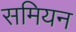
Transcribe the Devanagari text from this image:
समियन